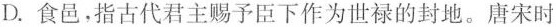
D.食邑，指古代君主赐予臣下作为世禄的封地。唐宋时